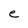
Character: e